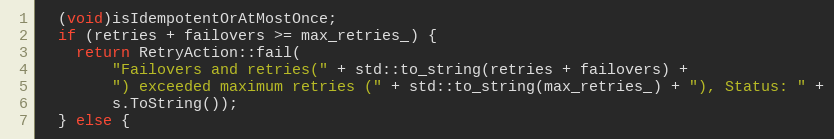
Language: C++
  (void)isIdempotentOrAtMostOnce;
  if (retries + failovers >= max_retries_) {
    return RetryAction::fail(
        "Failovers and retries(" + std::to_string(retries + failovers) +
        ") exceeded maximum retries (" + std::to_string(max_retries_) + "), Status: " +
        s.ToString());
  } else {